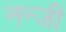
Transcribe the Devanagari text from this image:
नन्जी